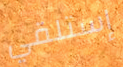
إستلقي